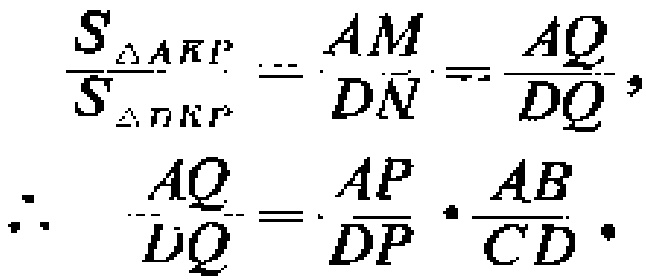
\[\frac{S_{\triangle AKP}}{S_{\triangle DKP}} = \frac{AM}{DN} = \frac{AQ}{DQ},\]
\[\therefore\quad \frac{AQ}{DQ} = \frac{AP}{DP} \cdot \frac{AB}{CD}.\]